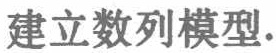
建立数列模型.